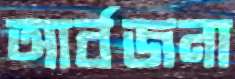
আর্বজনা